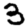
Digit: 3